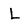
Character: L